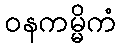
ဝနကမ္မိကံ